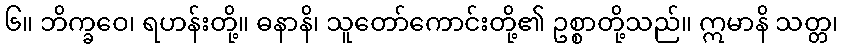
၆။ ဘိက္ခဝေ၊ ရဟန်းတို့။ ဓနာနိ၊ သူတော်ကောင်းတို့၏ ဥစ္စာတို့သည်။ ဣမာနိ သတ္တ၊